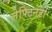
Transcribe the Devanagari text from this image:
लेफ्टिनेंटों